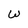
Character: W